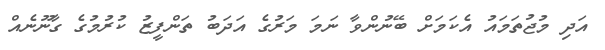
އަދި މުޖުތަމައު އެކަމަށް ބޭނުންވާ ނަމަ މަރުގެ އަދަބު ތަންފީޒު ކުރުމުގެ ގާނޫނެއް